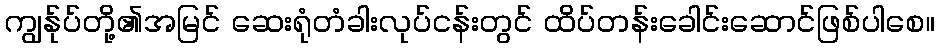
ကျွန်ုပ်တို့၏အမြင် ဆေးရုံတံခါးလုပ်ငန်းတွင် ထိပ်တန်းခေါင်းဆောင်ဖြစ်ပါစေ။